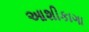
આશીકાગા